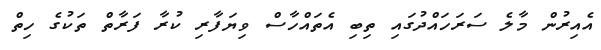
އެއިރުން މާލެ ސަރަހައްދުގައި ތިބި އެތައްހާސް ވިޔަފާރި ކުރާ ފަރާތް ތަކުގެ ހިތް